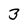
Character: 3